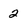
Character: 2